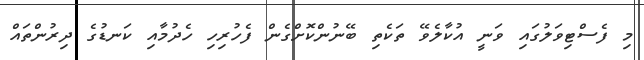
މި ފެސްޓިވަލުގައި ވަނީ އުކާލެވޭ ތަކެތި ބޭނުންކޮށްގެން ފެހުރިހި ހެދުމާއި ކަނޑުގެ ދިރުންތައް